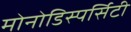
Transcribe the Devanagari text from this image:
मोनोडिस्पर्सिटी